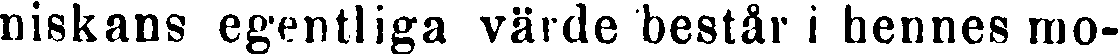
niskans egentliga värde består i hennes mo-